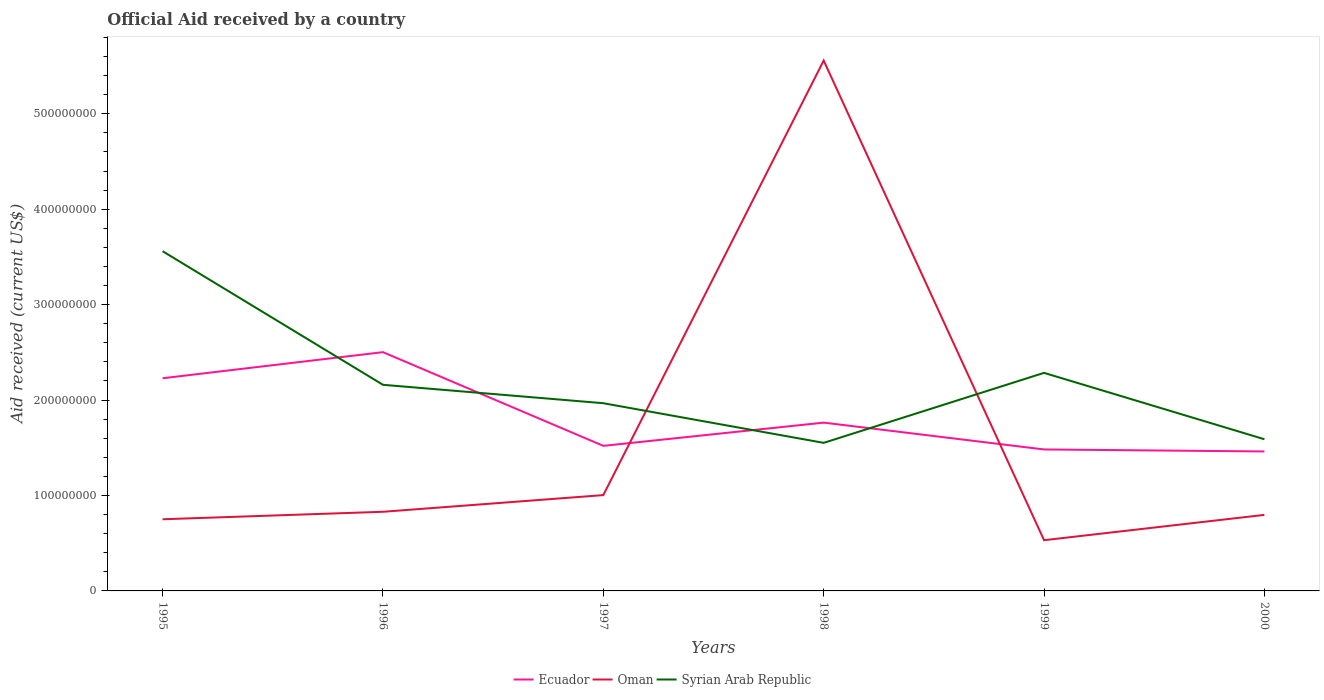
| Years | Ecuador | Oman | Syrian Arab Republic |
 | --- | --- | --- | --- |
 | 1995 | 2.23e+08 | 7.51e+07 | 3.56e+08 |
 | 1996 | 2.5e+08 | 8.29e+07 | 2.16e+08 |
 | 1997 | 1.52e+08 | 1e+08 | 1.97e+08 |
 | 1998 | 1.76e+08 | 5.56e+08 | 1.55e+08 |
 | 1999 | 1.48e+08 | 5.32e+07 | 2.28e+08 |
 | 2000 | 1.46e+08 | 7.97e+07 | 1.59e+08 |